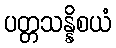
ပတ္တသန္နိစယံ